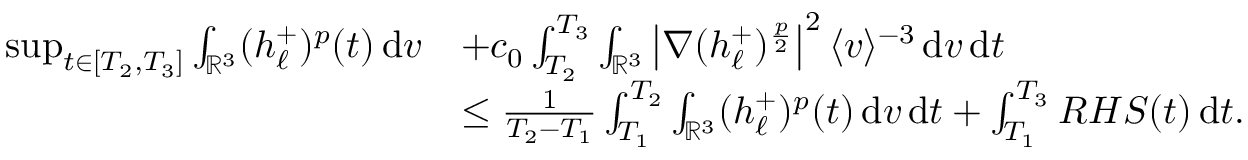
\begin{array} { r l } { \operatorname* { s u p } _ { t \in [ T _ { 2 } , T _ { 3 } ] } \int _ { \ensuremath { { \mathbb R } } ^ { 3 } } ( h _ { \ell } ^ { + } ) ^ { p } ( t ) \, \mathrm { d } v } & { + c _ { 0 } \int _ { T _ { 2 } } ^ { T _ { 3 } } \int _ { \ensuremath { { \mathbb R } } ^ { 3 } } \left\vert \nabla ( h _ { \ell } ^ { + } ) ^ { \frac { p } { 2 } } \right\vert ^ { 2 } \langle v \rangle ^ { - 3 } \, \mathrm { d } v \, \mathrm { d } t } \\ & { \le \frac { 1 } { T _ { 2 } - T _ { 1 } } \int _ { T _ { 1 } } ^ { T _ { 2 } } \int _ { \ensuremath { { \mathbb R } } ^ { 3 } } ( h _ { \ell } ^ { + } ) ^ { p } ( t ) \, \mathrm { d } v \, \mathrm { d } t + \int _ { T _ { 1 } } ^ { T _ { 3 } } R H S ( t ) \, \mathrm { d } t . } \end{array}